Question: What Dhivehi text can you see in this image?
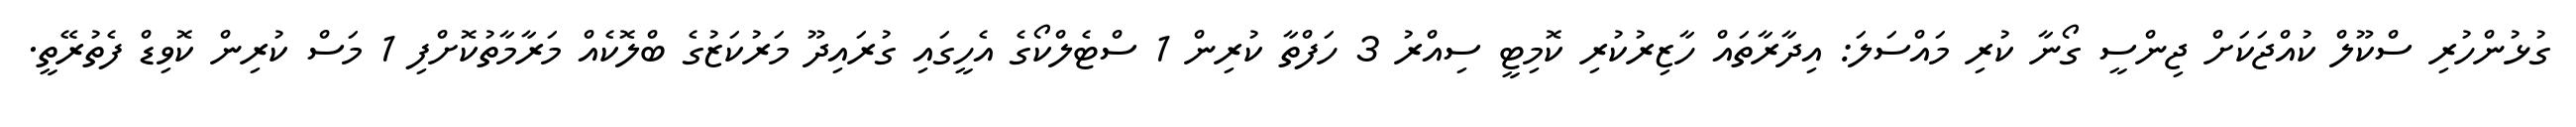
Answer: ގުޅުންހުރި ސްކޫލް ކުއްޖަކަށް ޖިންސީ ގޯނާ ކުރި މައްސަލަ: އިދާރާތައް ހާޒިރުކުރި ކޮމިޓީ ސިއްރު 3 ހަފްތާ ކުރިން 1 ސްޓެލްކޯގެ އެހީގައި ގުރައިދޫ މަރުކަޒުގެ ބްލޮކެއް މަރާމާތުކޮށްފި 1 މަސް ކުރިން ކޮވިޑް ފެތުރޭތީ.